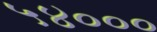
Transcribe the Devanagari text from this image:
५४०००